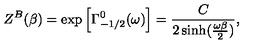
Z ^ { B } ( \beta ) = \exp \left[ \Gamma _ { - 1 / 2 } ^ { 0 } ( \omega ) \right] = { \frac { C } { 2 \sinh ( { \frac { \omega \beta } { 2 } } ) } } ,